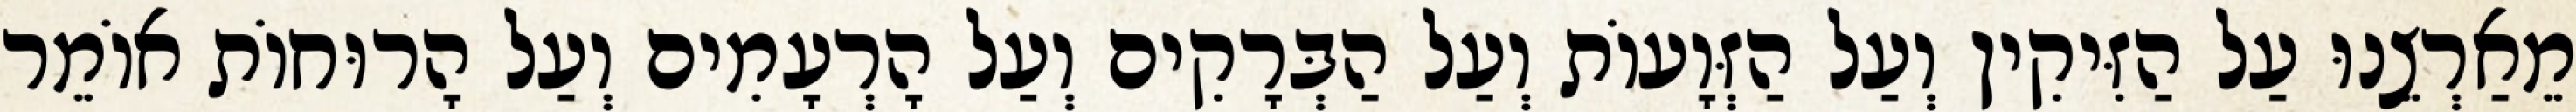
מֵאַרְצֵנוּ עַל הַזִּיקִין וְעַל הַזְּוָעוֹת וְעַל הַבְּרָקִים וְעַל הָרְעָמִים וְעַל הָרוּחוֹת אוֹמֵר